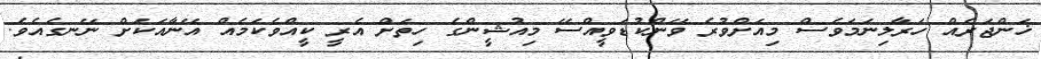
ޚަންޖަރެއް ހަރާލިނަމަވެސް މިއަަށްވުރެ ވޭންކުޑަވީއްސޭ މިއުޝީންގެ ހިތަށް އެރީ ކީއްވެކަމެއް އޭނާއަކަށް ނޭނގެއެވެ.